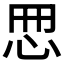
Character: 𢘁